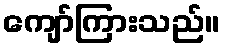
ကျော်ကြားသည်။